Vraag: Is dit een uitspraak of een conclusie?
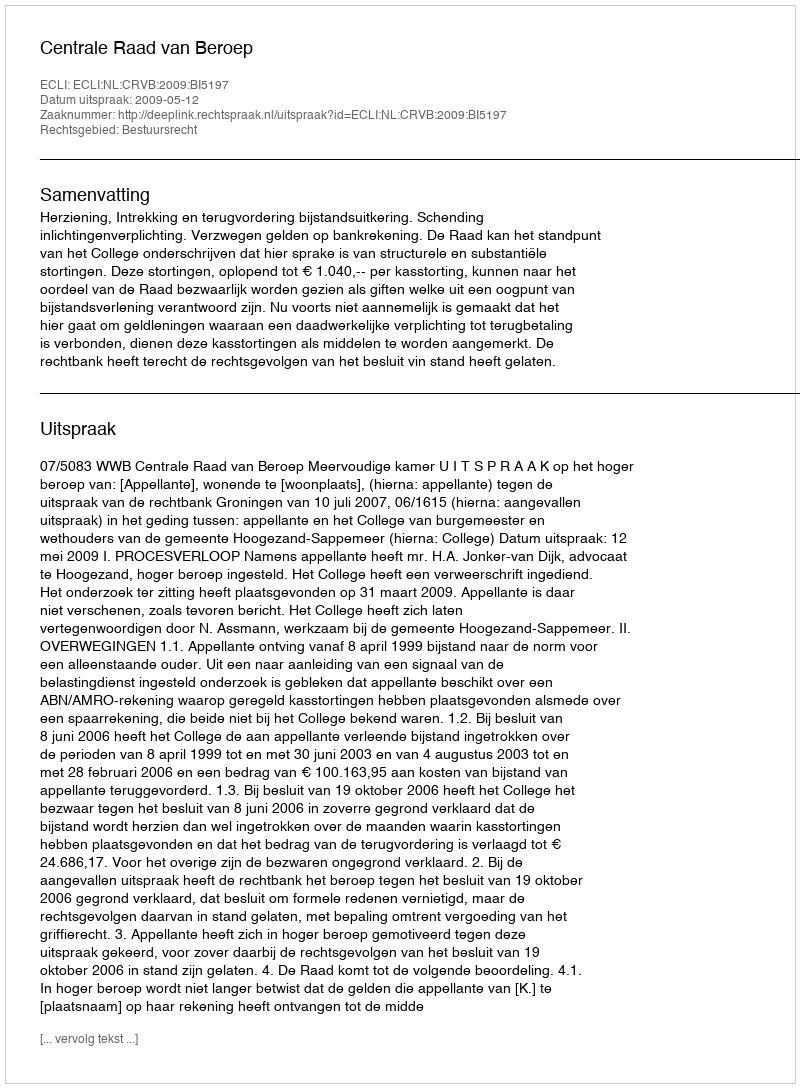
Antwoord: Uitspraak